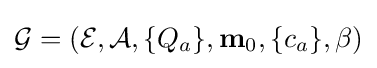
{\mathcal {G}}=({\mathcal {E}},{\mathcal {A}},\{Q_{a}\},{\bf {m}}_{0},\{c_{a}\},\beta )